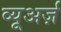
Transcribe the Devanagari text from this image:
व्यूअर्ज़